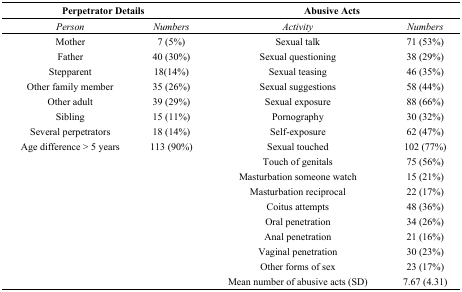
<table><thead><tr><td colspan="2"><b>Perpetrator Details</b></td><td colspan="2"><b>Abusive Acts</b></td></tr></thead><tbody><tr><td><i>Person</i></td><td><i>Numbers</i></td><td><i>Activity</i></td><td><i>Numbers</i></td></tr><tr><td>Mother</td><td>7 (5%)</td><td>Sexual talk</td><td>71 (53%)</td></tr><tr><td>Father</td><td>40 (30%)</td><td>Sexual questioning</td><td>38 (29%)</td></tr><tr><td>Stepparent</td><td>18(14%)</td><td>Sexual teasing</td><td>46 (35%)</td></tr><tr><td>Other family member</td><td>35 (26%)</td><td>Sexual suggestions</td><td>58 (44%)</td></tr><tr><td>Other adult</td><td>39 (29%)</td><td>Sexual exposure</td><td>88 (66%)</td></tr><tr><td>Sibling</td><td>15 (11%)</td><td>Pornography</td><td>30 (32%)</td></tr><tr><td>Several perpetrators</td><td>18 (14%)</td><td>Self-exposure</td><td>62 (47%)</td></tr><tr><td>Age difference &gt; 5 years</td><td>113 (90%)</td><td>Sexual touched</td><td>102 (77%)</td></tr><tr><td></td><td></td><td>Touch of genitals</td><td>75 (56%)</td></tr><tr><td></td><td></td><td>Masturbation someone watch</td><td>15 (21%)</td></tr><tr><td></td><td></td><td>Masturbation reciprocal</td><td>22 (17%)</td></tr><tr><td></td><td></td><td>Coitus attempts</td><td>48 (36%)</td></tr><tr><td></td><td></td><td>Oral penetration</td><td>34 (26%)</td></tr><tr><td></td><td></td><td>Anal penetration</td><td>21 (16%)</td></tr><tr><td></td><td></td><td>Vaginal penetration</td><td>30 (23%)</td></tr><tr><td></td><td></td><td>Other forms of sex</td><td>23 (17%)</td></tr><tr><td></td><td></td><td>Mean number of abusive acts (SD)</td><td>7.67 (4.31)</td></tr></tbody></table>